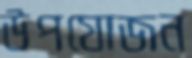
উপযোজন